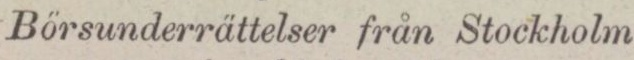
Börsunderrättelser från Stockholm